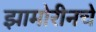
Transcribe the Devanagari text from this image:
झामोरीनचे